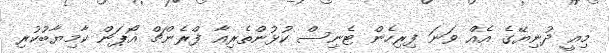
މިއީ ދުނިޔޭގެ އެއް ވަނަ ފިރިހެން ޓެނިސް ކުޅުންތެރިއާ ފްރެންޗް އޯޕަން ކާމިޔާބުކުރި